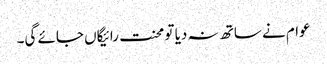
عوام نے ساتھ نہ دیا تو محنت رائیگاں جائے گی۔